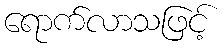
ရောက်လာသဖြင့်